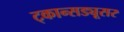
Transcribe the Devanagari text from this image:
ट्कान्सड्यूसर